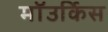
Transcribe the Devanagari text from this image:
माॅउर्किस